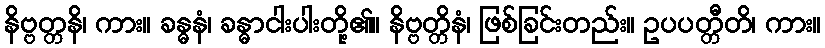
နိဗ္ဗတ္တနိ၊ ကား။ ခန္ဓနံ၊ ခန္ဓာငါးပါးတို့၏။ နိဗ္ဗတ္တိနံ၊ ဖြစ်ခြင်းတည်း။ ဥပပတ္တီတိ၊ ကား။